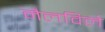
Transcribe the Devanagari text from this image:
मैलविले